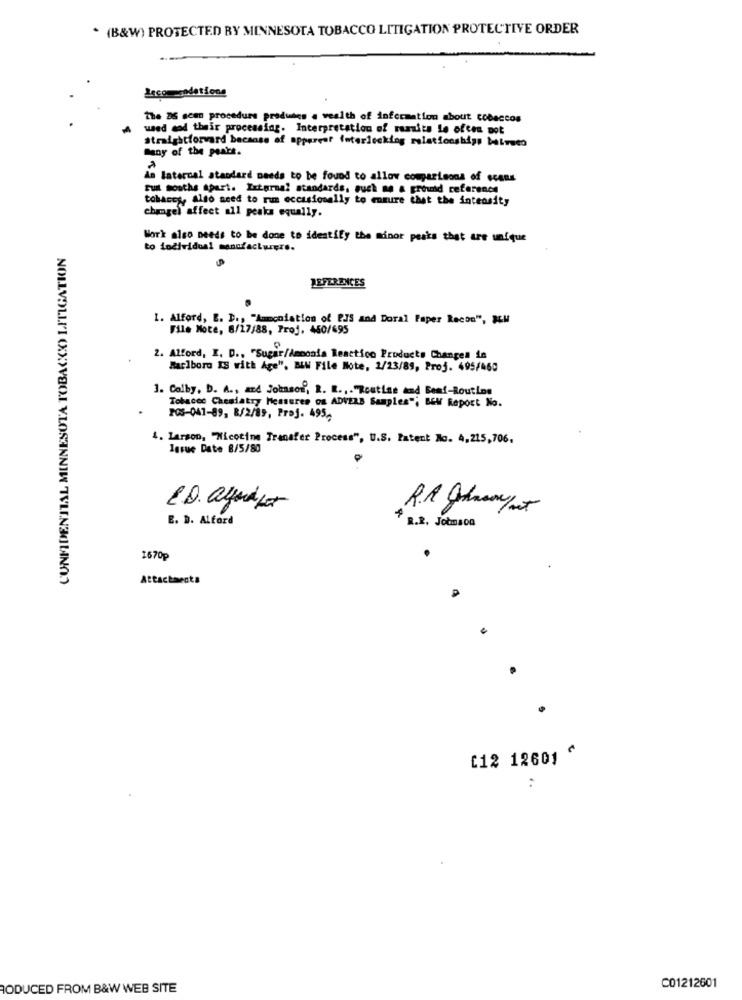
* (B&W) PROTECTED BY MINNESOTA TOBACCO LITIGATION PROTECTIVE ORDER
Lecomodations
The DS scen procedure produtos a wealth of information about tobaccos
used mod their processing. Interpretation of rumits Le often pot
straightforward because of appereef interlocking relationships beirutà
Bany of the peace.
An latercal standard needs to be found to allow comparisons of scans
Full months apart. External standards, such ne & provid reference
tohaces, Also need to rum occasionally to ensure that the intensity
changel affect all peaks equally.
Work also needs to be done to identify the minor pasks that are unique
CONFIDENTIAL MINNESOTA TOBACCO LITIGATION
to individual manufacturers.
LEFERENCES
1. Alford, E. D ., "Aamcoiation of PJS and Doral Paper Recon", MM
File Note, 6/17/88, Proj, 450/695
2. Alford, I. D ., "Sugar/Amooala Reactico Products Changes in
Marlboro IS with Age", BLW File Note, 2/23/89, Proj. 495/460
1. Colby, b. A ., and Johnson, R. R ., . "Routine and Beaf-Routine
Tobacec Chesiatry Measures os ADVERB Samples"; BEW Report No.
208-041-89, 8/2/89, Proj. 495,
4. Larson, "Nicotine Transfer Process", U.S. Patent No. 4.215,706.
Issue Date 8/5/80
E. D. Alford
R.R. Jobmaca
1670p
Attachments
[12 12601 ^
..
RODUCED FROM B&W WEB SITE
C01212601